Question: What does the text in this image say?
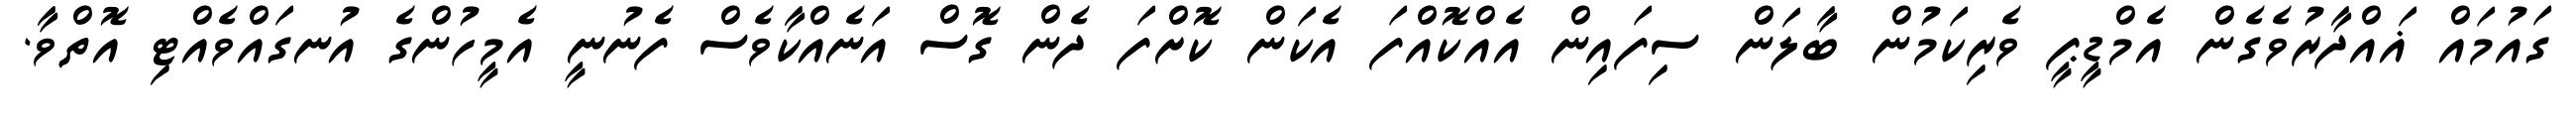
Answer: ގައުމައް ޣައްދާރުވެގެން އެމްޑީޕީ ވެރިކަމުން ބާލަން ސިފައިން އެއްކޮއްފަ އެކަން ކޮށްފަ ދެން ގޮސް އަނެއްކާވެސް ފެނުނީ އެމީހުންގެ އުނގައްވެއްޓި އޮތްވާ.